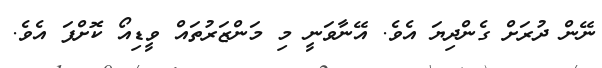
ނޭން ދުރަށް ގެންދިޔަ އެވެ. އޭނާވަނީ މި މަންޒަރުތައް ވީޑިއޯ ކޮށްފަ އެވެ.